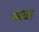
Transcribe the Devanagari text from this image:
भठा